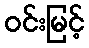
ဝင်းမြင့်